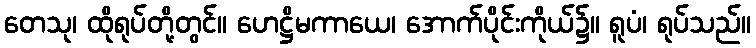
တေသု၊ ထိုရုပ်တို့တွင်။ ဟေဋ္ဌိမကာယေ၊ အောက်ပိုင်းကိုယ်၌။ ရူပံ၊ ရုပ်သည်။